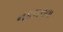
નકલનવા